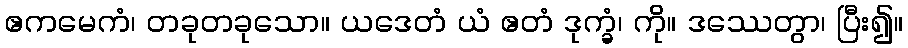
ဧကမေကံ၊ တခုတခုသော။ ယဒေတံ ယံ ဧတံ ဒုက္ခံ၊ ကို။ ဒဿေတွာ၊ ပြီး၍။